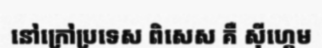
នៅក្រៅប្រទេស ពិសេស គឺ ស៊ីហ្គេម